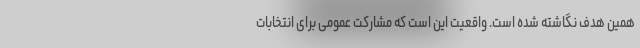
همین هدف نگاشته شده است. واقعیت این است که مشارکت عمومی برای انتخابات